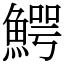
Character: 鰐